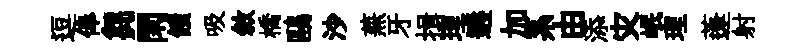
逗俸芻閑饋吸敘橋鷗沙蕪牙揖理遘加系由添灾岷理蓬射